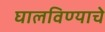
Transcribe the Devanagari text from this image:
घालविण्याचे